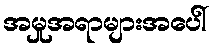
အမှုအရာများအပေါ်